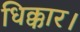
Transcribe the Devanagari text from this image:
धिक्कार।